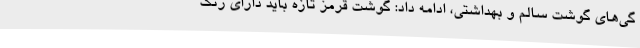
گی‌های گوشت سالم و بهداشتی، ادامه داد: گوشت قرمز تازه باید دارای رنگ